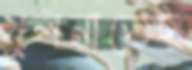
খুলনাতেই